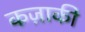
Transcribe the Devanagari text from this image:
कज़ाकी